Civil Veterinary Dept. Bombay admin report 1923-31 - 1923-1931
Year: 1923
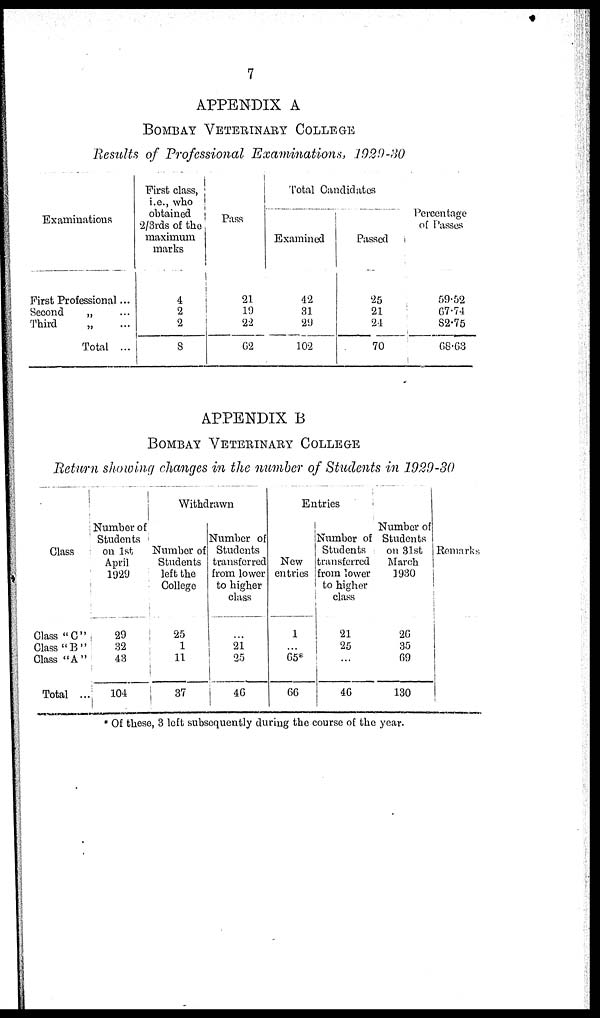
7
APPENDIX A
BOMBAY VETERINARY COLLEGE
Results of Professional Examinations, 1929-30
Examinations
First Professional ...
Second
„ ...
Third
„ ...
Total ...
First class,
i.e., who
obtained
2/3rds of the.
maximum
marks
4
2
2
8
Pass
21
19
22
62
Total Candidates
Examined
42
31
29
102
Passed
25
21
24
70
Percentage
of Passes
59.52
67.74
82.75
68.63
APPENDIX B
BOMBAY VETERINARY COLLEGE
Return showing changes in the number of Students in 1929-30
Class
Class "C"
Class "B"
Class "A"
Total ...
Number of
Students
on 1st
April
1929
29
32
43
104
Withdrawn
Number of
Students
left the
College
25
1
11
37
Number of
Students
transferred
from lower
to higher
class
...
21
25
46
Entries
New
entries
1
...
65*
66
Number of
Students
transferred
from lower
to higher
class
21
25
...
46
Number of
Students
on 31st
March
1930
26
35
69
130
Remarks
* Of these, 3 left subsequently during the course of the year.